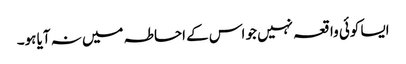
ایسا کوئی واقعہ نہیں جو اس کے احاطہ میں نہ آیا ہو۔